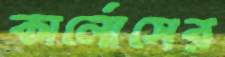
কার্লোসের